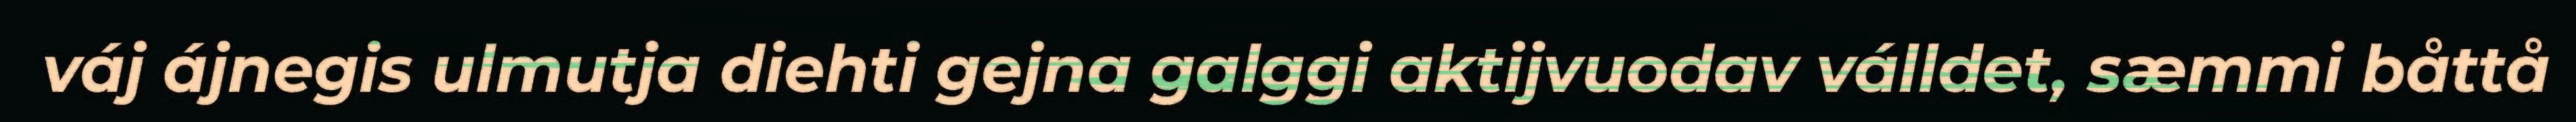
váj ájnegis ulmutja diehti gejna galggi aktijvuodav válldet, sæmmi båttå